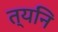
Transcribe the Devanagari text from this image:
त्यनि